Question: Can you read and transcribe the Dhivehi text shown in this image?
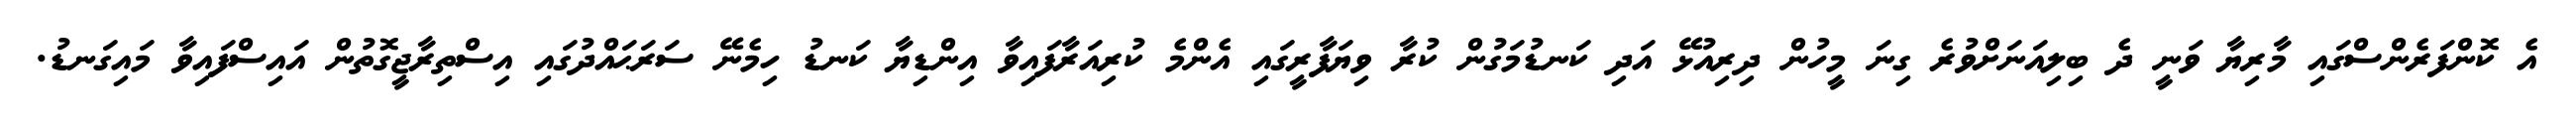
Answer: އެ ކޮންފަރެންސްގައި މާރިޔާ ވަނީ ދެ ބިލިއަނަށްވުރެ ގިނަ މީހުން ދިރިއުޅޭ އަދި ކަނޑުމަގުން ކުރާ ވިޔަފާރީގައި އެންމެ ކުރިއަރާފައިވާ އިންޑިޔާ ކަނޑު ހިމެނޭ ސަރަޙައްދުގައި އިސްތިރާޖީގޮތުން އައިސްފައިވާ މައިގަނޑު.